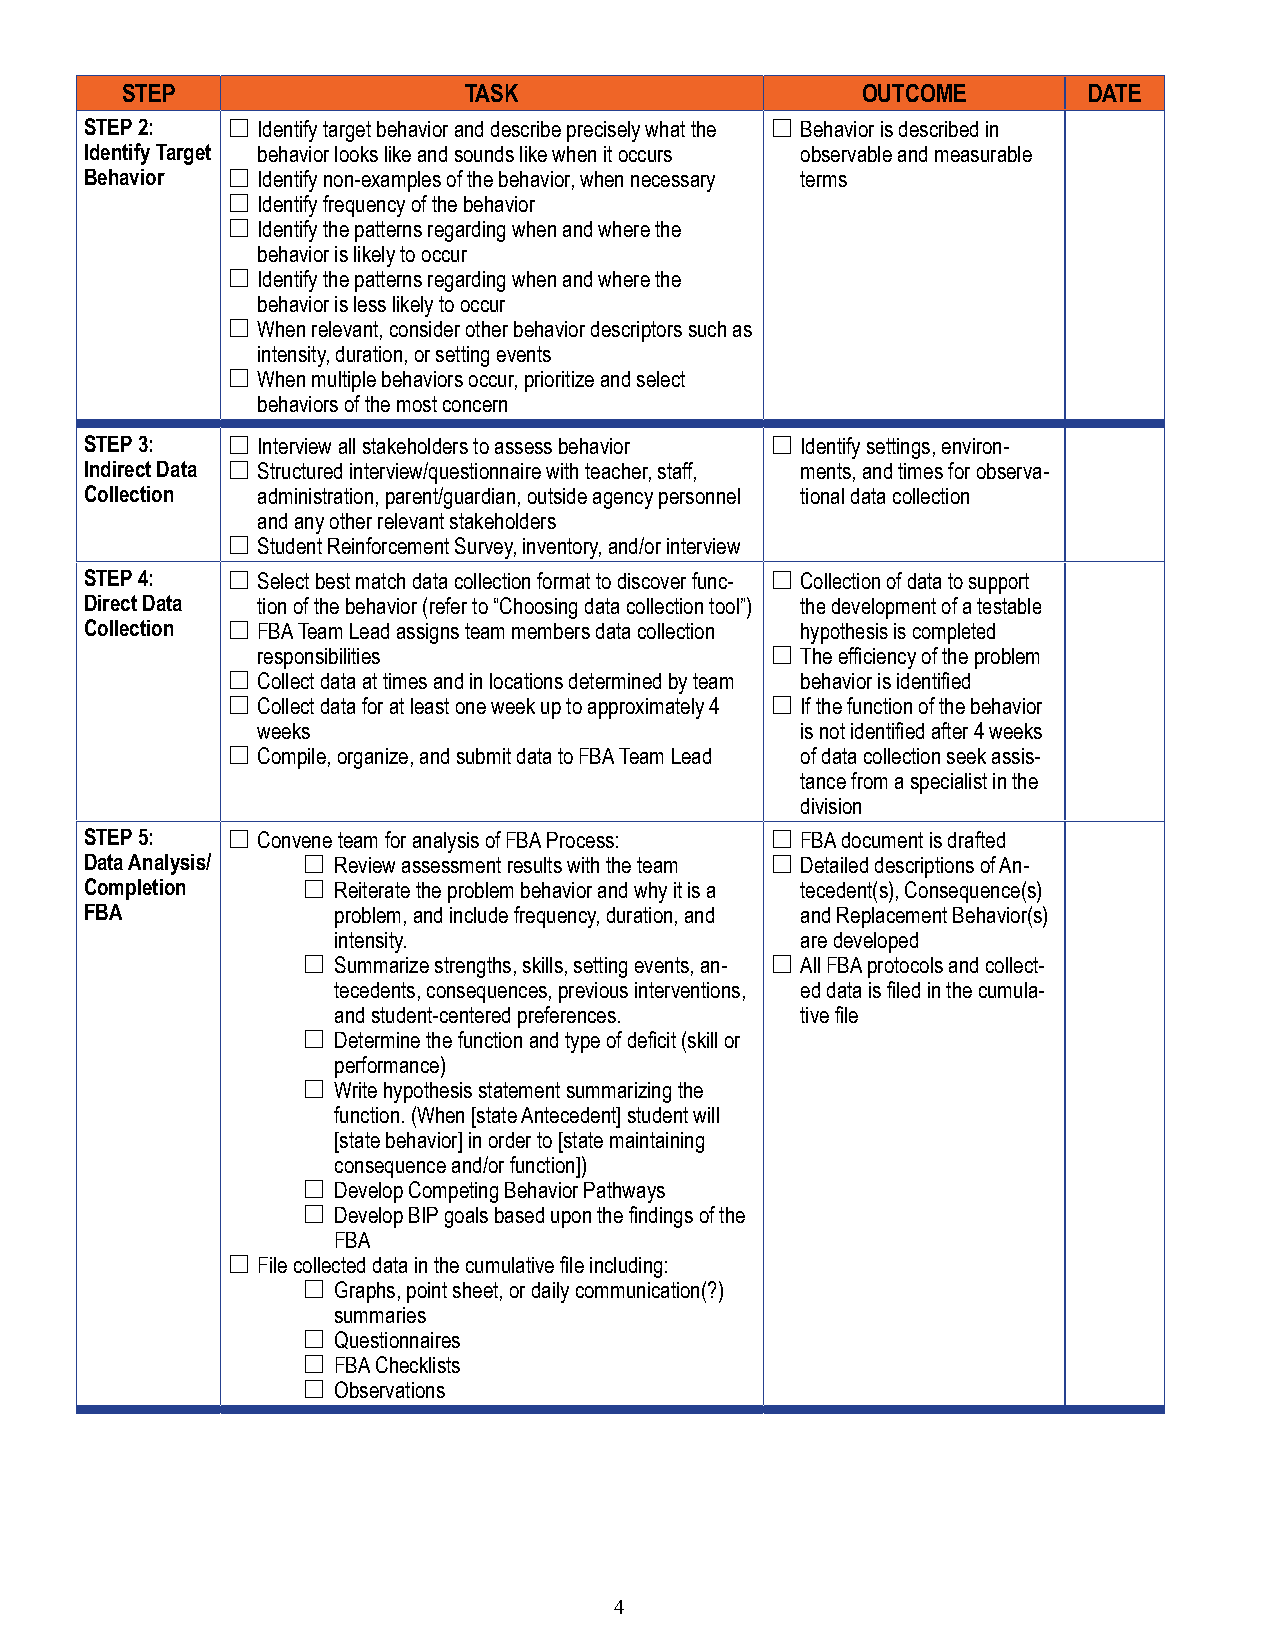
STEP                   TASK                      OUTCOME        DATE
 STEP 2:  £ Identify target behavior and describe precisely what the £ Behavior is described in
 Identify Target behavior looks like and sounds like when it occurs observable and measurable
 Behavior £ Identify non-examples of the behavior, when necessary terms
 £ Identify frequency of the behavior
 £ Identify the patterns regarding when and where the
 behavior is likely to occur
 £ Identify the patterns regarding when and where the
 behavior is less likely to occur
 £ When relevant, consider other behavior descriptors such as
 intensity, duration, or setting events
 £ When multiple behaviors occur, prioritize and select
 behaviors of the most concern
 STEP 3:  £ Interview all stakeholders to assess behavior £ Identify settings, environ-
 Indirect Data £ Structured interview/questionnaire with teacher, staff, ments, and times for observa-
 Collection administration, parent/guardian, outside agency personnel tional data collection
 and any other relevant stakeholders
 £ Student Reinforcement Survey, inventory, and/or interview
 STEP 4:  £ Select best match data collection format to discover func- £ Collection of data to support
 Direct Data tion of the behavior (refer to “Choosing data collection tool”) the development of a testable
 Collection £ FBA Team Lead assigns team members data collection hypothesis is completed
 responsibilities                  £ The efficiency of the problem
 £ Collect data at times and in locations determined by team behavior is identified
 £ Collect data for at least one week up to approximately 4 £ If the function of the behavior
 weeks                               is not identified after 4 weeks
 £ Compile, organize, and submit data to FBA Team Lead of data collection seek assis-
 tance from a specialist in the
 division
 STEP 5:  £ Convene team for analysis of FBA Process: £ FBA document is drafted
 Data Analysis/ £ Review assessment results with the team £ Detailed descriptions of An-
 Completion    £ Reiterate the problem behavior and why it is a tecedent(s), Consequence(s)
 FBA             problem, and include frequency, duration, and and Replacement Behavior(s)
 intensity.                     are developed
 £ Summarize strengths, skills, setting events, an- £ All FBA protocols and collect-
 tecedents, consequences, previous interventions, ed data is filed in the cumula-
 and student-centered preferences. tive file
 £ Determine the function and type of deficit (skill or
 performance)
 £ Write hypothesis statement summarizing the
 function. (When [state Antecedent] student will
 [state behavior] in order to [state maintaining
 consequence and/or function])
 £ Develop Competing Behavior Pathways
 £ Develop BIP goals based upon the findings of the
 FBA
 £ File collected data in the cumulative file including:
 £ Graphs, point sheet, or daily communication(?)
 summaries
 £ Questionnaires
 £ FBA Checklists
 £ Observations
 4